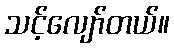
သင့်လျော်တယ်။